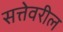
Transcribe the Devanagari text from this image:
सत्तेवरील